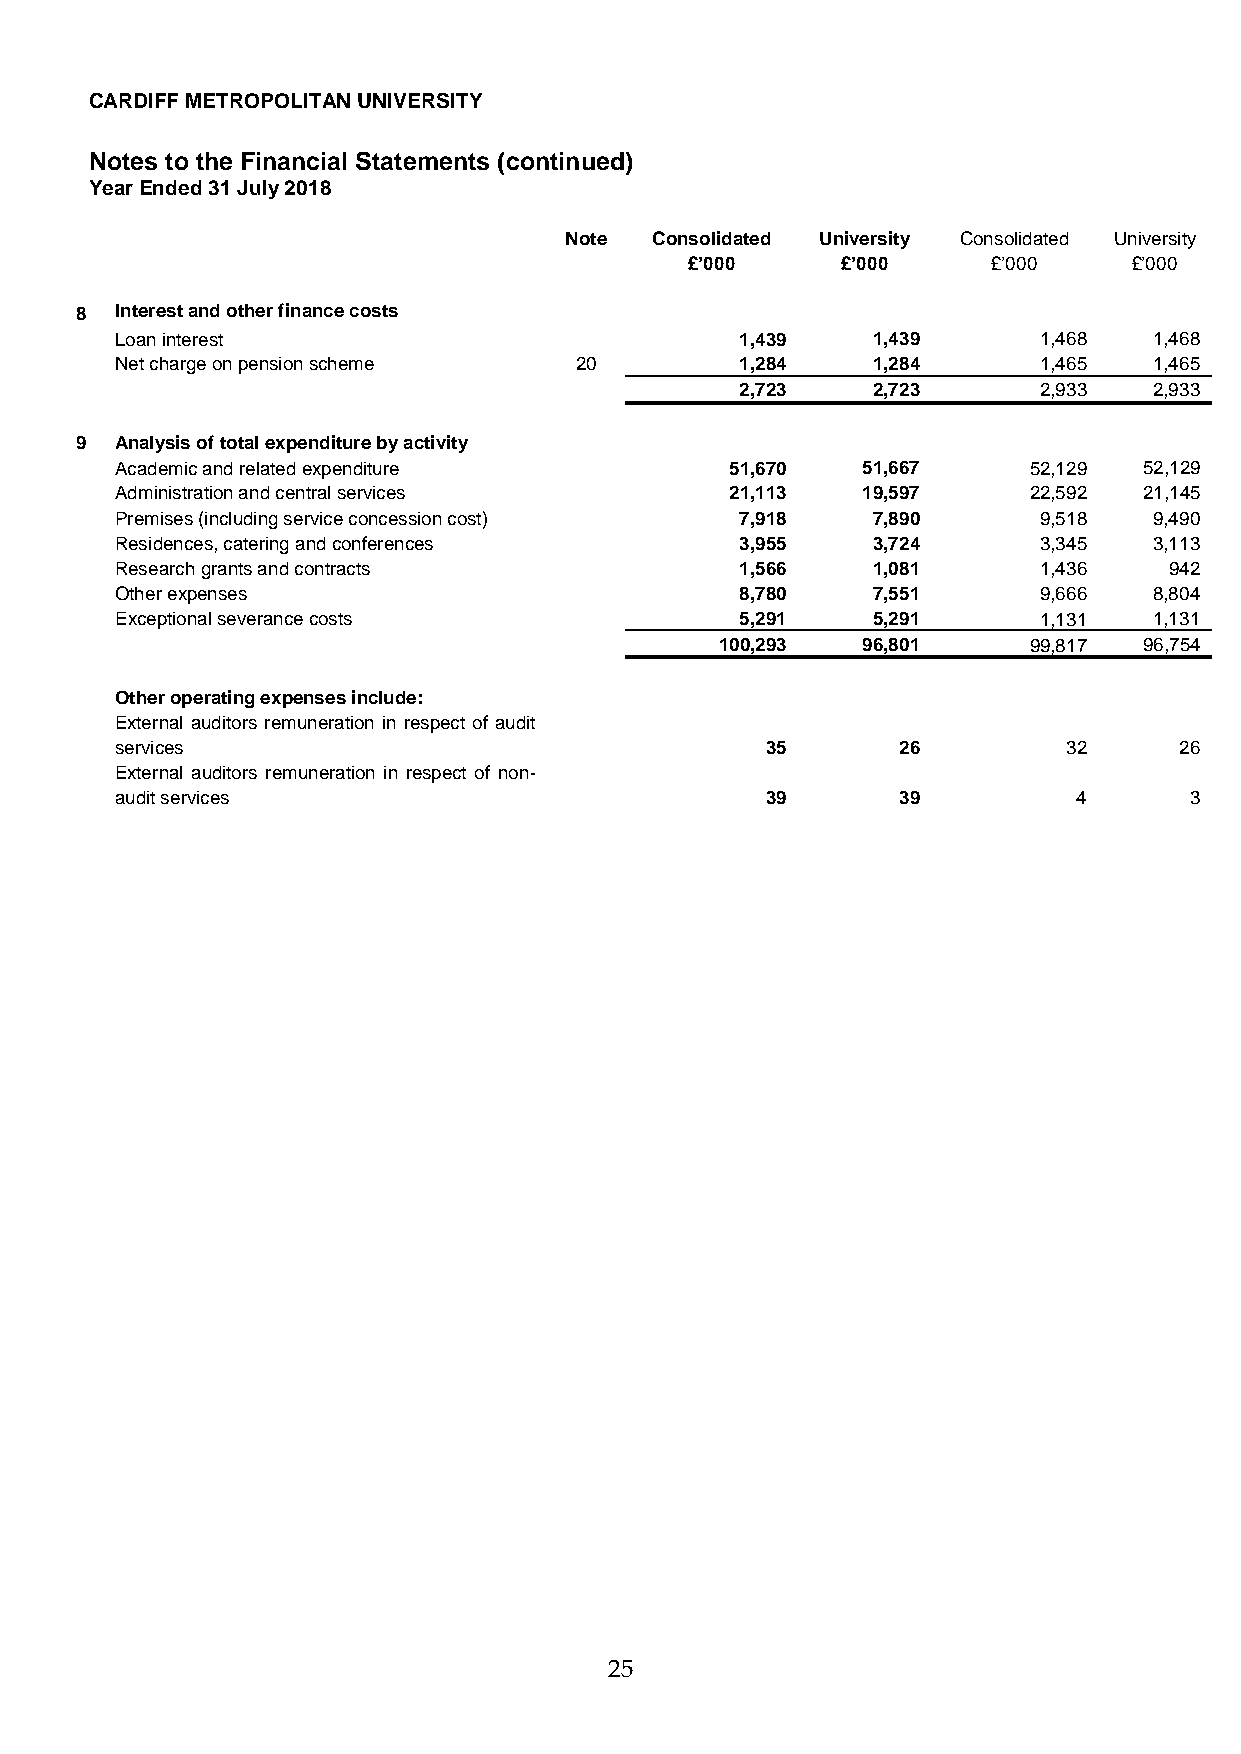
CARDIFF METROPOLITAN UNIVERSITY
 Notes to the Financial Statements (continued)
 Year Ended 31 July 2018
 Note  Consolidated University Consolidated University
 £’000     £’000     £’000    £’000
 8  Interest and other finance costs
 Loan interest                            1,439    1,439      1,468  1,468
 Net charge on pension scheme  20         1,284    1,284      1,465  1,465
 2,723    2,723      2,933  2,933
 9  Analysis of total expenditure by activity
 Academic and related expenditure        51,670   51,667     52,129  52,129
 Administration and central services     21,113   19,597     22,592  21,145
 Premises (including service concession cost) 7,918 7,890     9,518  9,490
 Residences, catering and conferences     3,955    3,724      3,345  3,113
 Research grants and contracts            1,566    1,081      1,436   942
 Other expenses                           8,780    7,551      9,666  8,804
 Exceptional severance costs              5,291    5,291      1,131  1,131
 100,293  96,801     99,817  96,754
 Other operating expenses include:
 External auditors remuneration in respect of audit
 services                                   35       26         32     26
 External auditors remuneration in respect of non-
 audit services                             39       39         4       3
 25